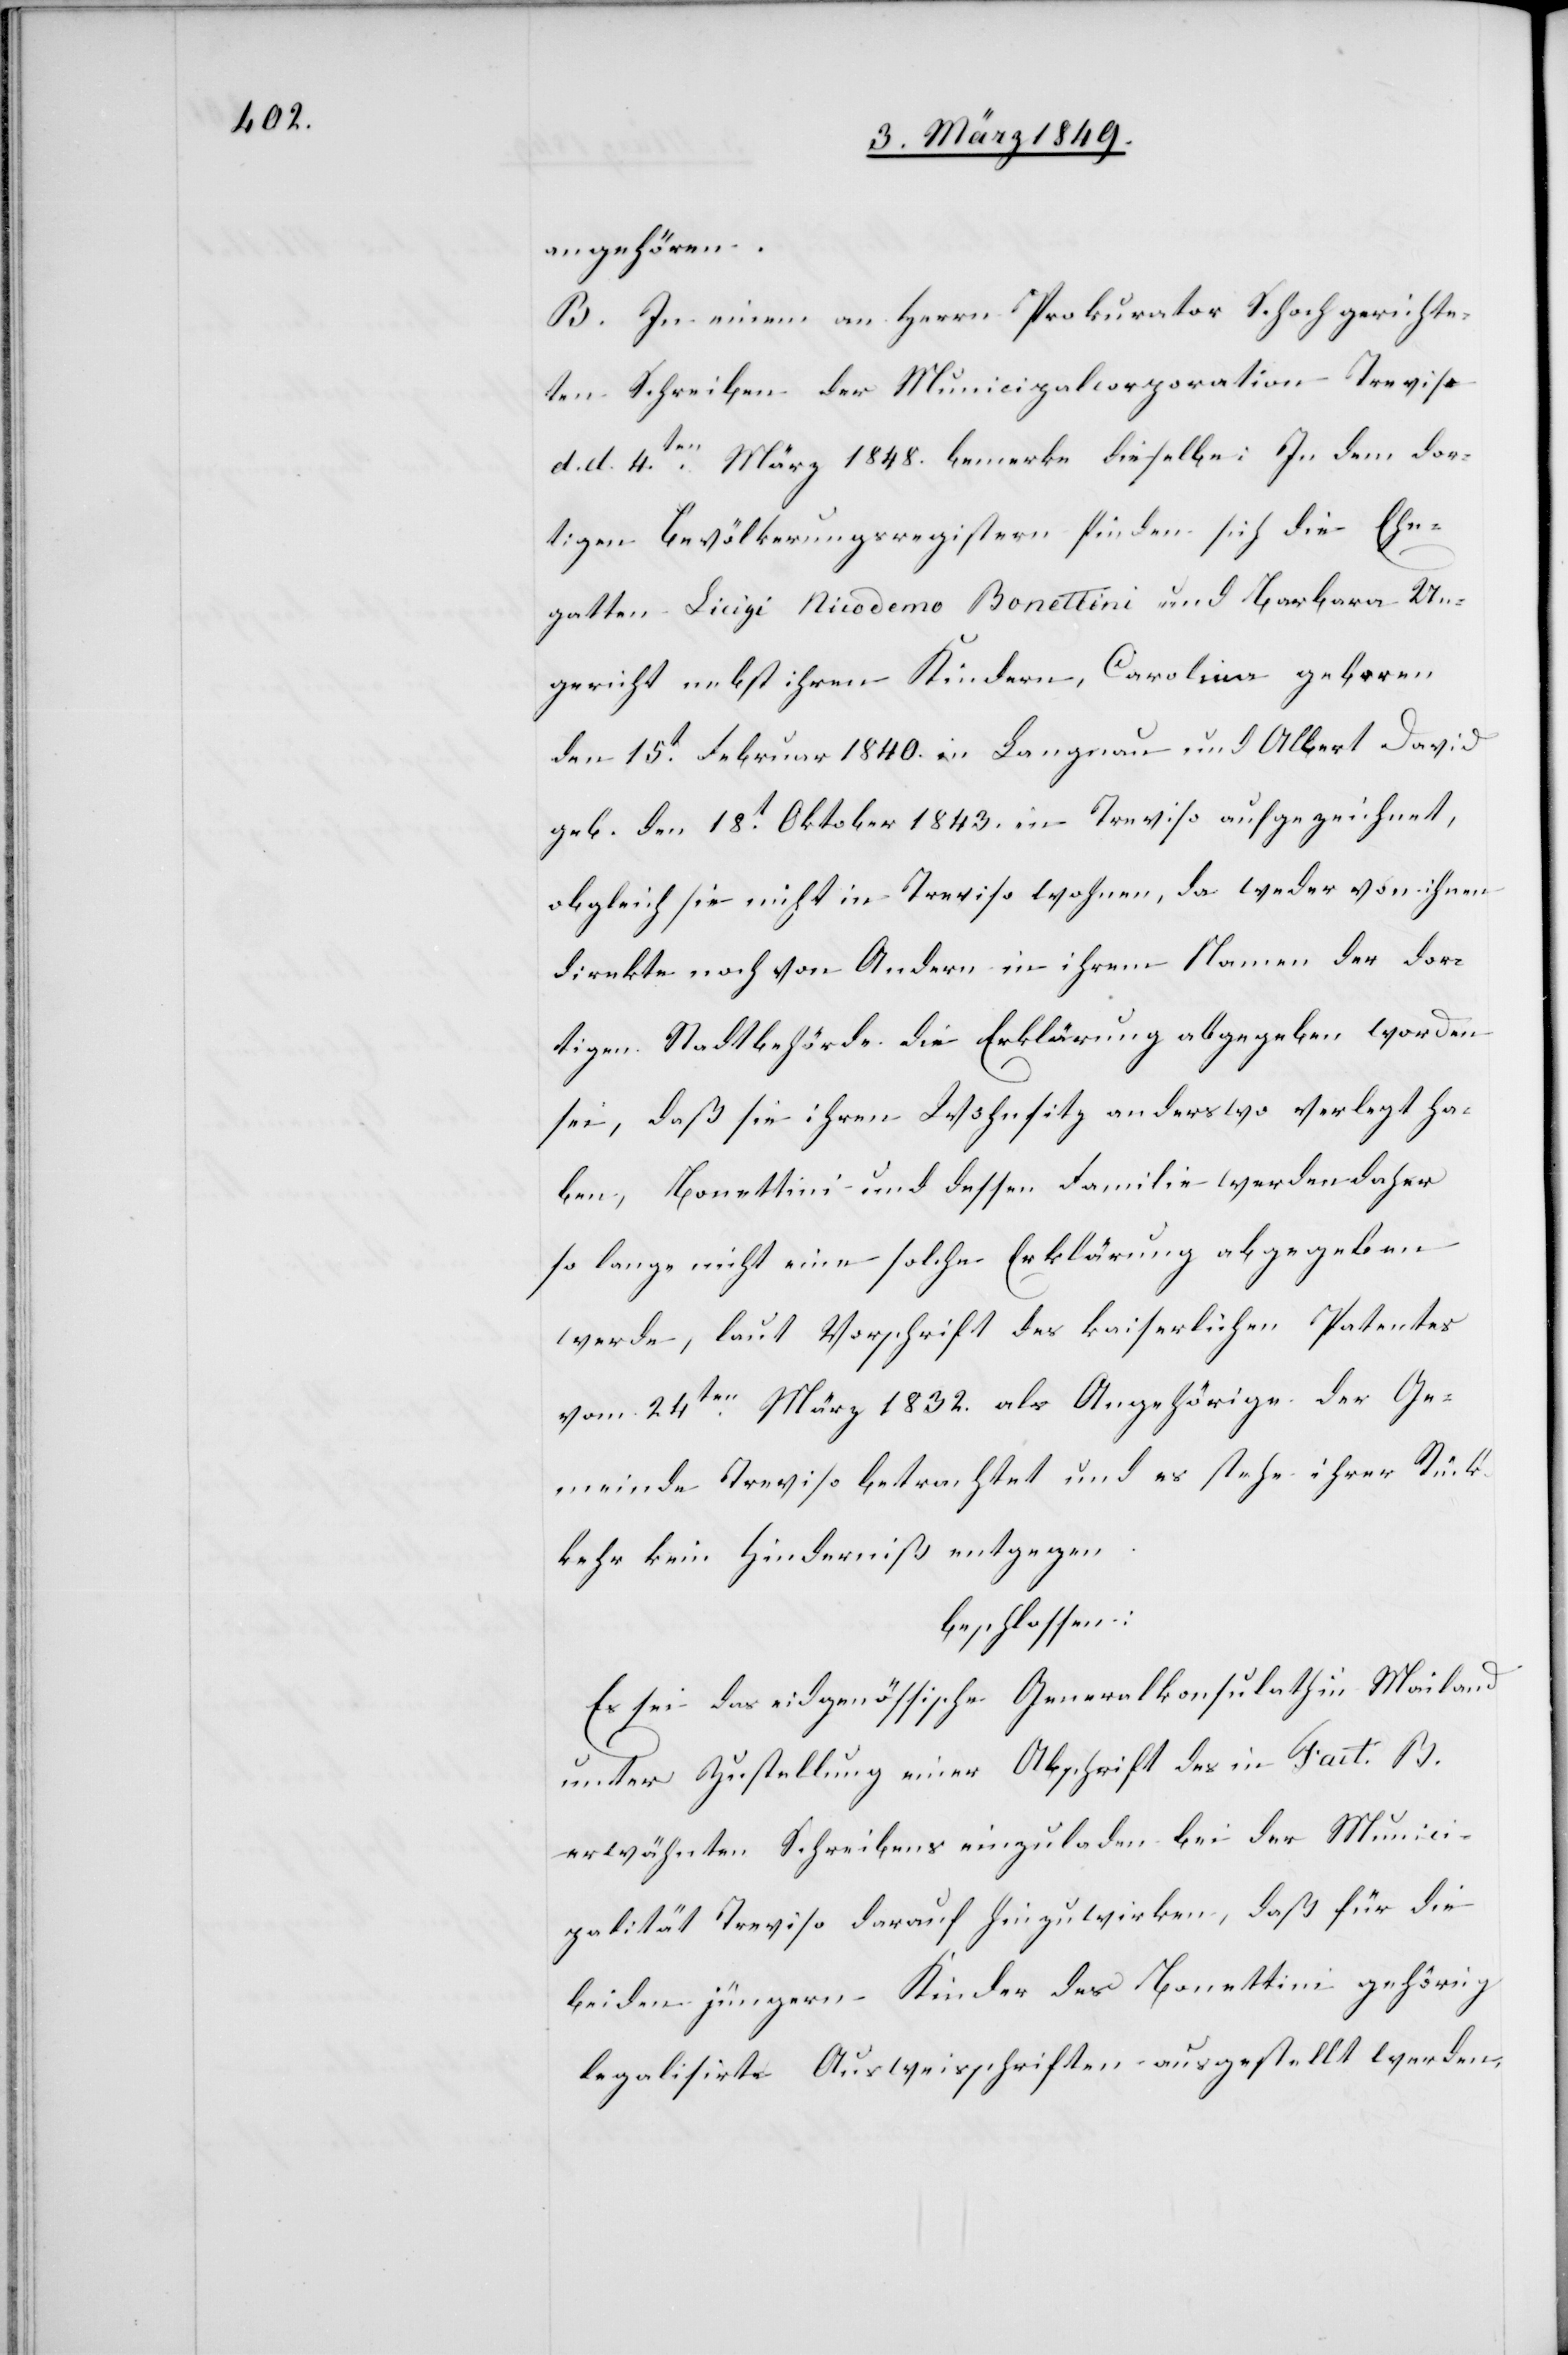
angehören.
B. In einem an Herrn Prokurator Schoch gerichte¬
ten Schreiben der Municipalcorporation Treviso
d. d. 4ten. März 1848. bemerke dieselbe: In dem [s¬
ic!] Bevölkerungsregistern finden sich die Ehe¬
gatten Luigi Nicodemo Bonettini und Barbara Un¬
gericht nebst ihren Kindern, Carolina geboren
den 15t. Februar 1840. in Langnau und Albert David
geb. den 18t. Oktober 1843. in Treviso aufgezeichnet,
obgleich sie nicht in Treviso wohnen, da weder von ihnen
direkte noch von Andern in ihrem Namen der dor¬
tigen Stadtbehörde die Erklärung abgegeben worden
sei, daß sie ihren Wohnsitz anderswo verlegt ha¬
ben, Bonettini und dessen Familie werden daher
so lange nicht eine solche Erklärung abgegeben
werde, laut Vorschrift des kaiserlichen Patentes
vom 24ten. März 1832. als Angehörige der Ge¬
meinde Treviso betrachtet und es stehe ihrer Rück¬
kehr kein Hinderniß entgegen.
beschlossen:
Es sei das eidgenössische Generalkonsulat in Mailand
unter Zustellung einer Abschrift des in Fact. B.
erwähnten Schreibens einzuladen bei der Munici¬
palität Treviso darauf hinzuwirken, daß für die
beiden jüngern Kinder des Bonettini gehörig
legalisirte Ausweisschriften ausgestellt werden.